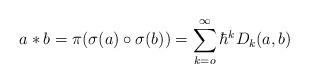
LaTeX: \begin{align*}a\ast b=\pi(\sigma (a)\circ \sigma(b))=\sum_{k=o}^{\infty}\hbar^kD_k(a,b)\,\end{align*}